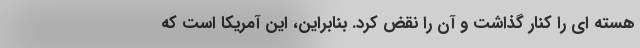
هسته ای را کنار گذاشت و آن را نقض کرد. بنابراین، این آمریکا است که